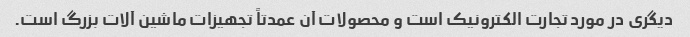
دیگری در مورد تجارت الکترونیک است و محصولات آن عمدتاً تجهیزات ماشین آلات بزرگ است.